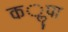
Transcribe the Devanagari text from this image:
कॣपा